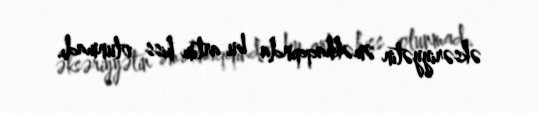
əksəriyyətin əməkhaqqında bu artım hiss olunmadı.